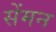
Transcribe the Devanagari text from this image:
सेंमन